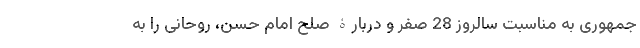
جمهوری به مناسبت سالروز 28 صفر و دربارۀ صلح امام حسن، روحانی را به